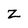
Character: z